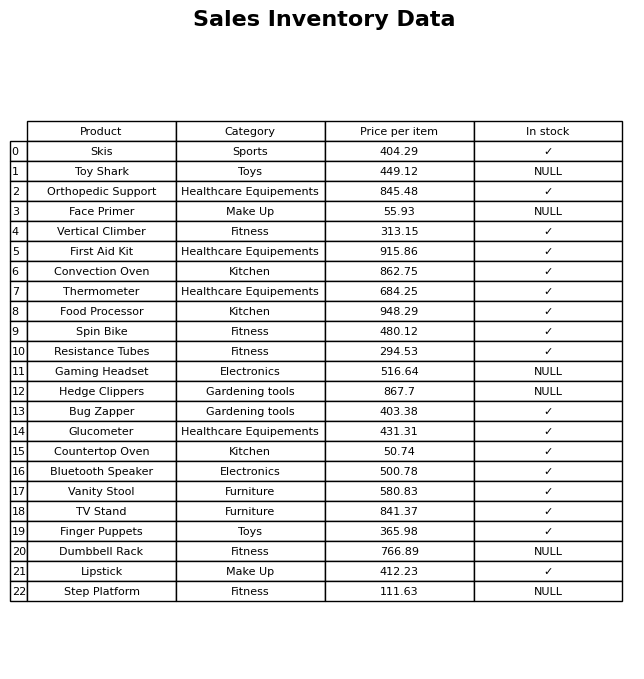
question: What is the price for Bug Zapper?
answer: The price of Bug Zapper is 403.38.